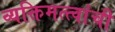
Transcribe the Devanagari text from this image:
व्यक्तिमत्त्वांची